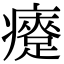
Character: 㿓